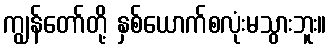
ကျွန်တော်တို့ နှစ်ယောက်စလုံးမသွားဘူး။